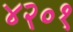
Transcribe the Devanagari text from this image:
४२०१